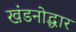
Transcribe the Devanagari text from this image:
खंडनोद्धार